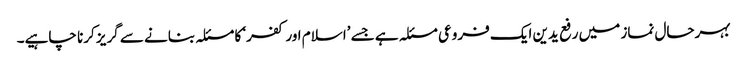
بہرحال نماز میں رفع یدین ایک فروعی مسئلہ ہے جسے ’اسلام اور کفر‘ کا مسئلہ بنانے سے گریز کرنا چاہیے۔